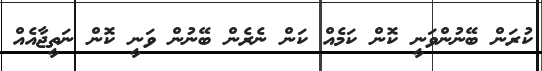
ކުރަން ބޭނުންވަނީ ކޮން ކަމެއް ކަން ނެރެން ބޭނުން ވަނީ ކޮން ނަތީޖާއެއް